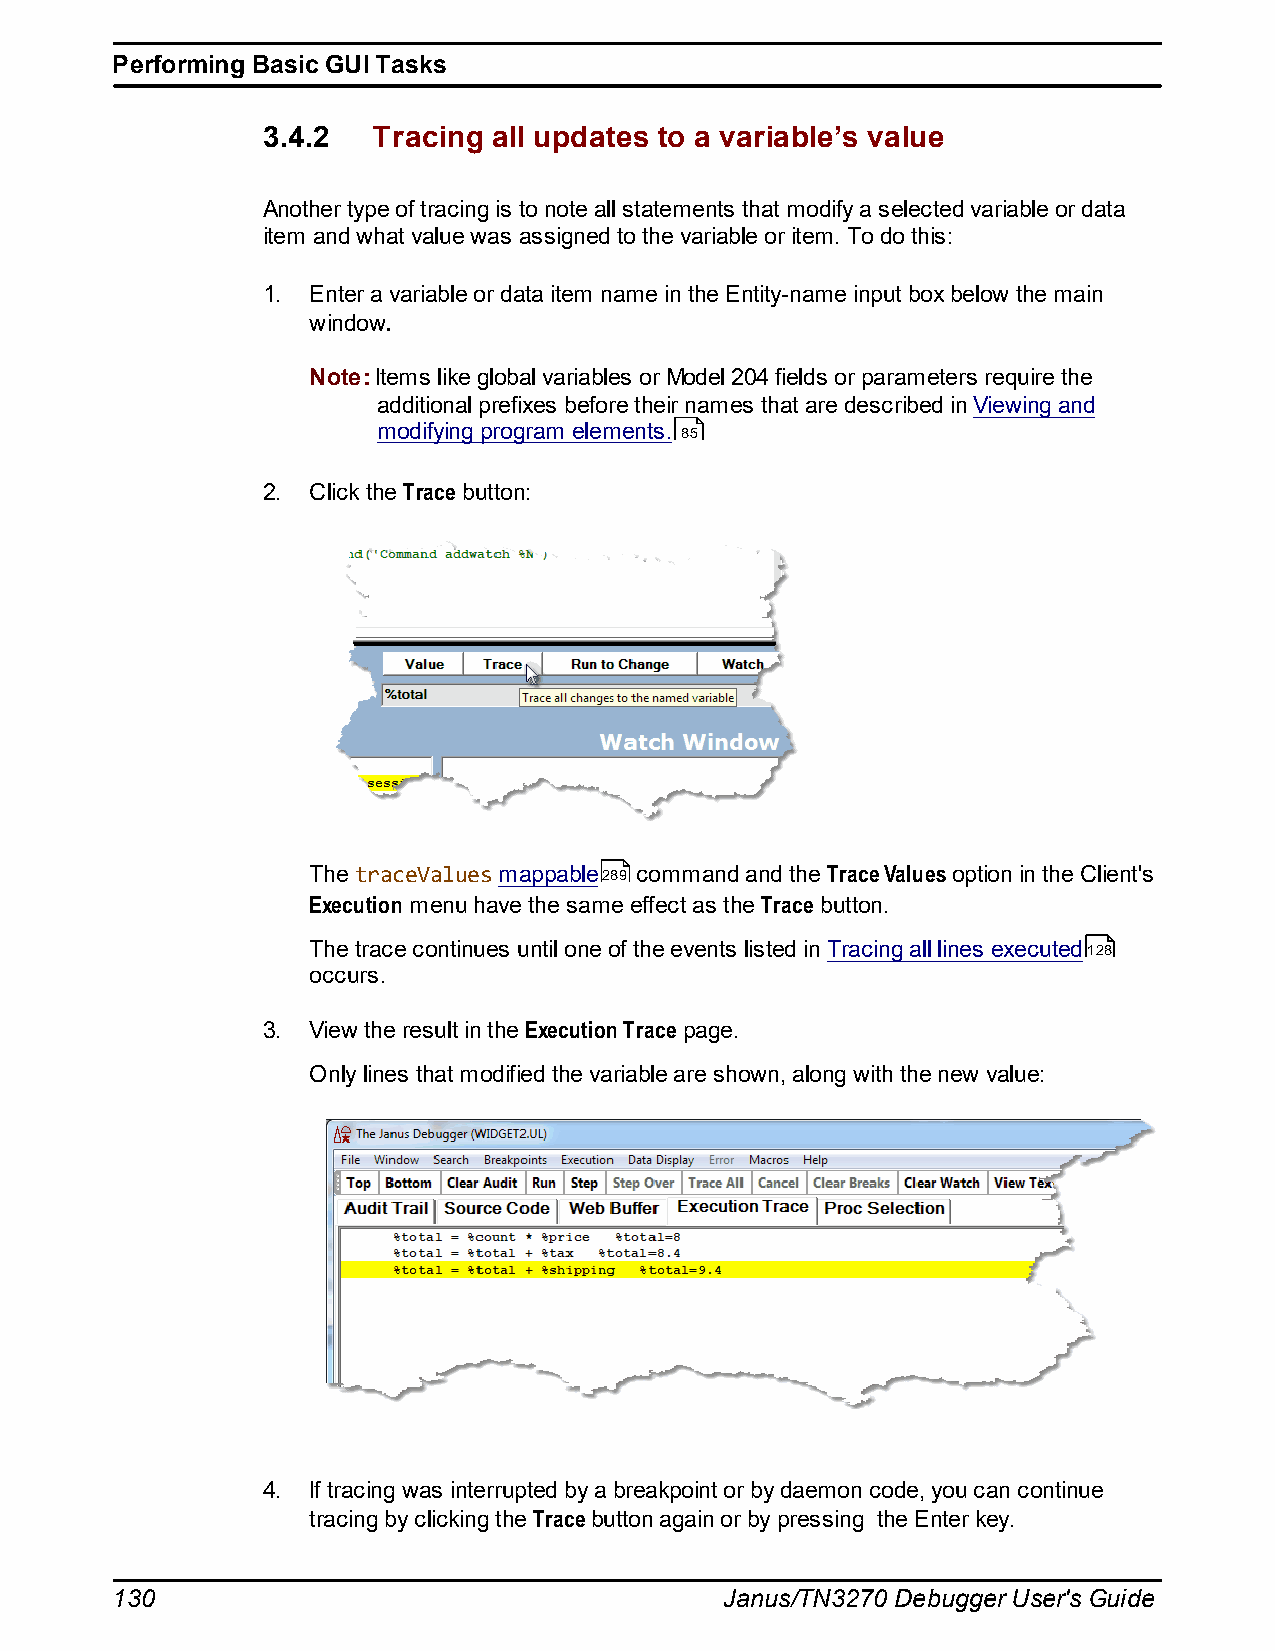
Performing Basic GUI Tasks
 3.4.2   Tracing all updates to a variable’s value
 Another type of tracing is to note all statements that modify a selected variable or data
 item and what value was assigned to the variable or item. To do this:
 1. Enter a variable or data item name in the Entity-name input box below the main
 window.
 Note: Items like global variables or Model 204 fields or parameters require the
 additional prefixes before their names that are described in Viewing and
 modifying program elements. 85
 2. Click the Trace button:
 The traceValues mappable289 command and the Trace Values option in the Client's
 Execution menu have the same effect as the Trace button.
 The trace continues until one of the events listed in Tracing all lines executed128
 occurs.
 3. View the result in the Execution Trace page.
 Only lines that modified the variable are shown, along with the new value:
 4. If tracing was interrupted by a breakpoint or by daemon code, you can continue
 tracing by clicking the Trace button again or by pressing the Enter key.
 130                                      Janus/TN3270 Debugger User's Guide